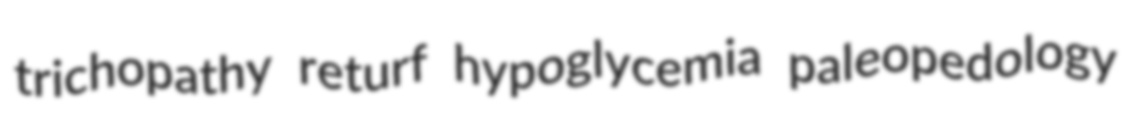
trichopathy returf hypoglycemia paleopedology